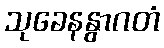
သုခေနနွာဂတံ